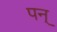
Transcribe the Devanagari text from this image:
पन्